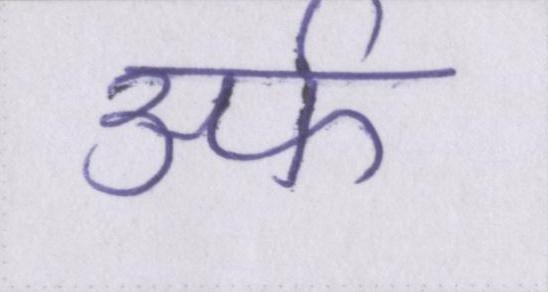
उर्फ